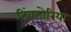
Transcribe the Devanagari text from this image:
टिंक्टोरिया